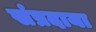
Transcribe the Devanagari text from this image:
संप्रदाया